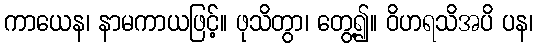
ကာယေန၊ နာမကာယဖြင့်။ ဖုသိတွာ၊ တွေ့၍။ ဝိဟရသိအပိ ပန၊